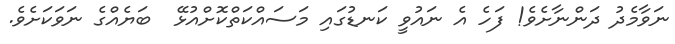
ނަވާމެދު ދަންނާށެވެ! ފަހެ އެ ނައުވީ ކަނޑުގައި މަސައްކަތްކޮށްއުޅޭ  ބަޔެއްގެ ނަވަކަށެވެ.